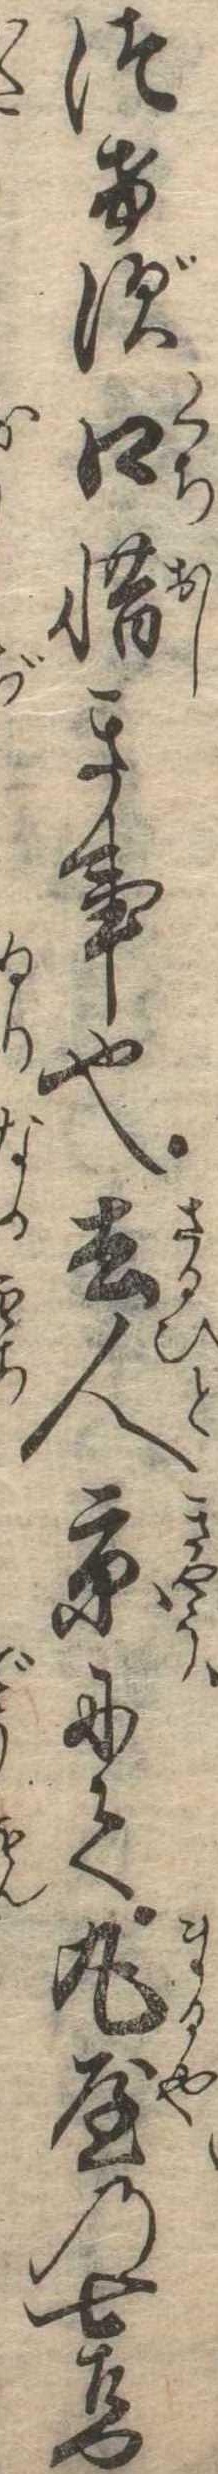
つけず口惜き事也去人京にて丸屋の七左門